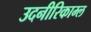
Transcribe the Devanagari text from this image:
उदनीरिकाम्ल